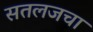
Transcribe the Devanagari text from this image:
सतलजचा